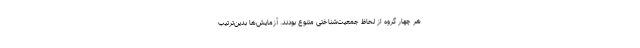
هر چهار گروه از لحاظ جمعیت‌شناختی متنوع بودند. آزمایش‌ها بدین‌ترتیب